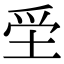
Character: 𡋧